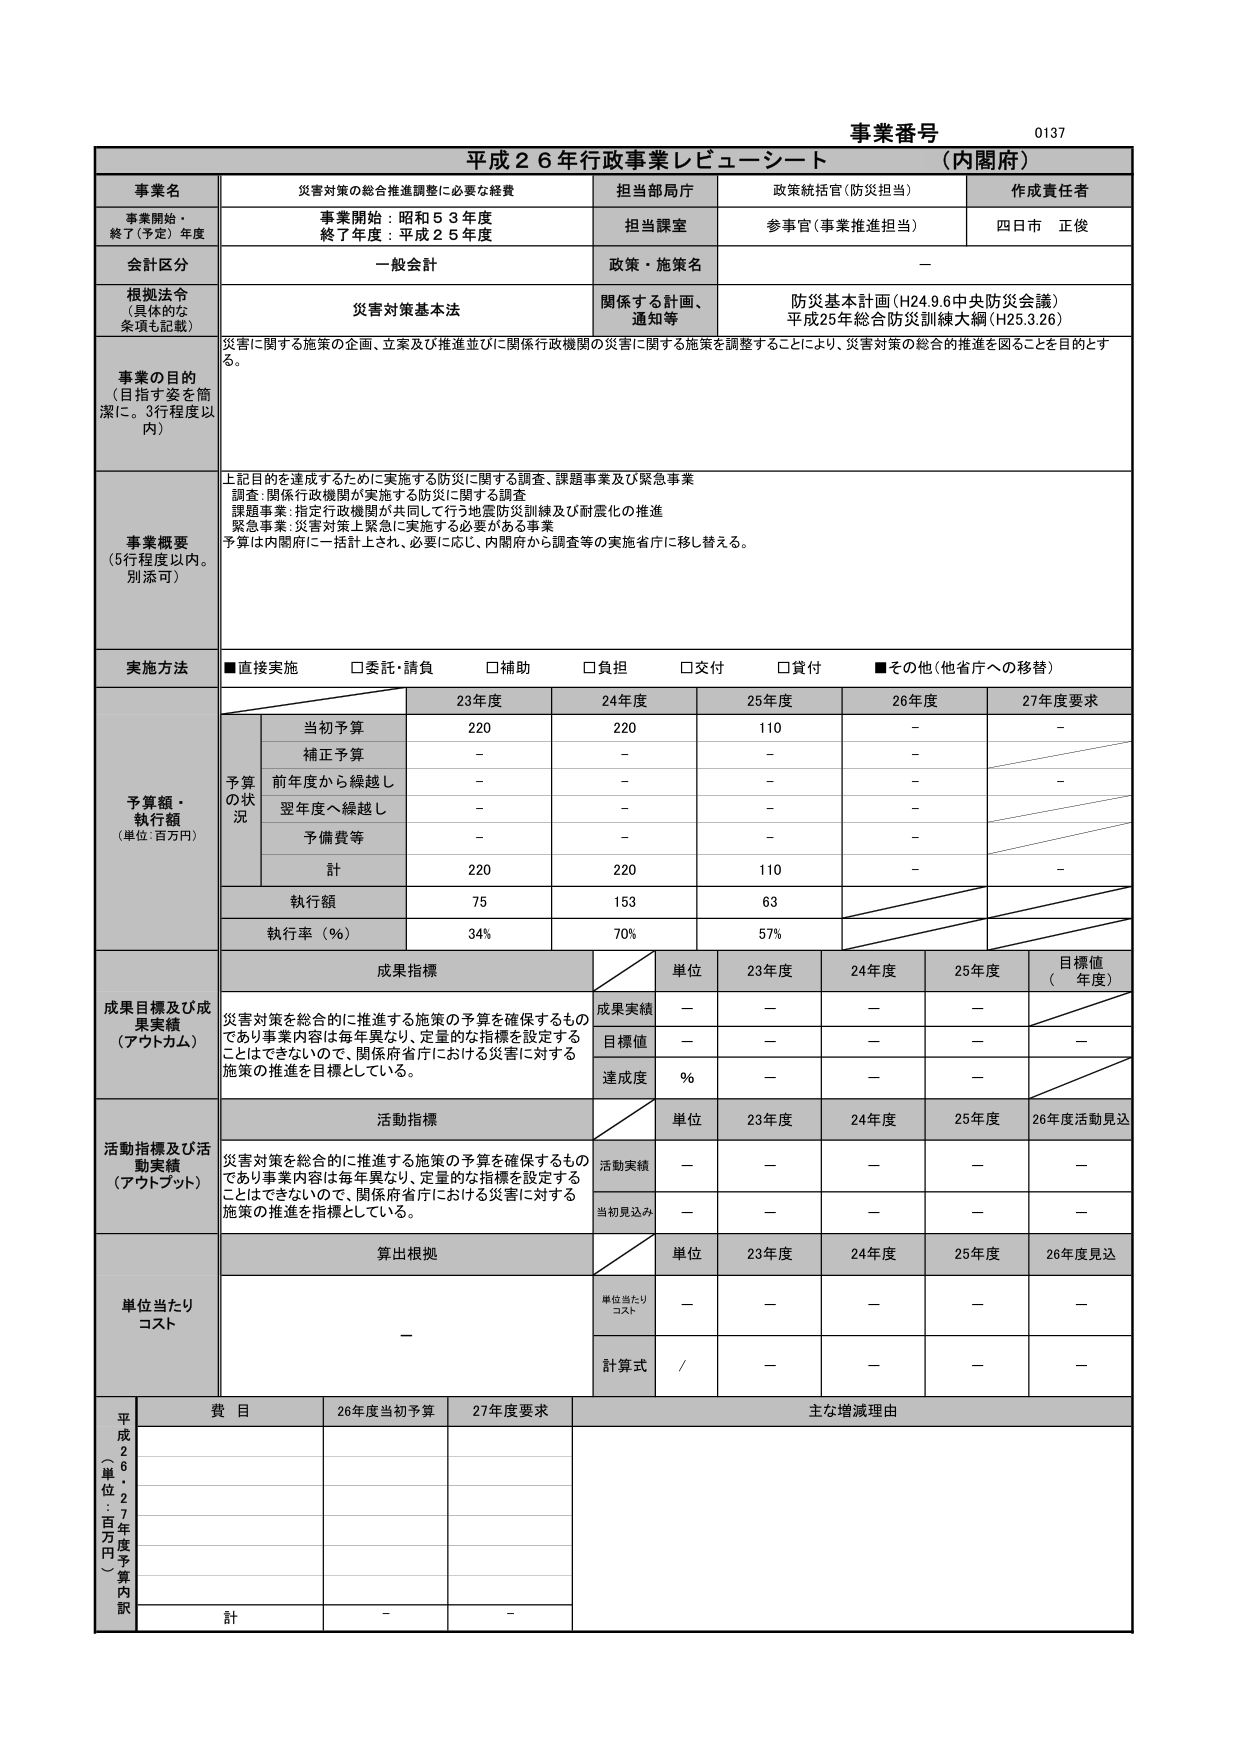
事業番号 0137
平成２６年行政事業レビュー・シート （内閣府）

事業名 災害対策の総合推進調整に必要な経費
担当部局庁 政策統括官（防災担当）
作成責任者 四日市 正俊
事業開始・終了（予定）年度 事業開始：昭和５３年度 終了年度：平成２５年度
担当課室 参事官（事業推進担当）
会計区分 一般会計
政策・施策名 －
根拠法令（具体的な条項も記載） 災害対策基本法
関係する計画、通知等 防災基本計画（H24.9.6中央防災会議） 平成25年総合防災訓練大綱（H25.3.26）
事業の目的（目指す姿を簡潔に。3行程度以内） 災害に関する施策の企画、立案及び推進並びに関係行政機関の災害に関する施策を調整することにより、災害対策の総合的推進を図ることを目的とする。
事業概要（5行程度以内。別添可） 上記目的を達成するために実施する防災に関する調査、課題事業及び緊急事業 調査：関係行政機関が実施する防災に関する調査 課題事業：指定行政機関が共同して行う地震防災訓練及び耐震化の推進 緊急事業：災害対策上緊急に実施する必要がある事業 予算は内閣府に一括計上され、必要に応じ、内閣府から調査等の実施省庁に移し替える。
実施方法 ■直接実施 □委託・請負 □補助 □負担 □交付 □貸付 ■その他（他省庁への移替）
予算額・執行額（単位：百万円）
予算の状況
23年度 24年度 25年度 26年度 27年度要求
当初予算 220 220 110 - -
補正予算 - - - -
前年度から繰越し - - - - -
翌年度へ繰越し - - - -
予備費等 - - - -
計 220 220 110 - -
執行額 75 153 63
執行率（％） 34% 70% 57%
成果目標及び成果実績（アウトカム）
成果指標
単位 23年度 24年度 25年度 目標値（ 年度）
災害対策を総合的に推進する施策の予算を確保するものであり事業内容は毎年異なり、定量的な指標を設定することはできないので、関係府省庁における災害に対する施策の推進を目標としている。
成果実績 － － － －
目標値 － － － － －
達成度 ％ － － －
活動指標及び活動実績（アウトプット）
活動指標
単位 23年度 24年度 25年度 26年度活動見込
災害対策を総合的に推進する施策の予算を確保するものであり事業内容は毎年異なり、定量的な指標を設定することはできないので、関係府省庁における災害に対する施策の推進を指標としている。
活動実績 － － － － －
当初見込み － － － － －
単位当たりコスト
算出根拠
単位 23年度 24年度 25年度 26年度見込
単位当たりコスト － － － － －
計算式 / － － － －
平成26・27年度予算内訳（単位：百万円）
費目 26年度当初予算 27年度要求 主な増減理由
計 - -